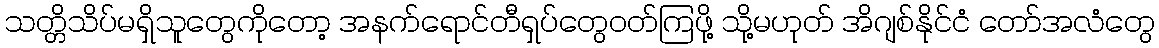
သတ္တိသိပ်မရှိသူတွေကိုတော့ အနက်ရောင်တီရှပ်တွေဝတ်ကြဖို့ သို့မဟုတ် အိဂျစ်နိုင်ငံ တော်အလံတွေ